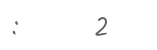
:      2